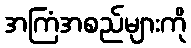
အကြံအစည်များကို